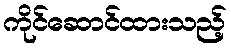
ကိုင်ဆောင်ထားသည့်